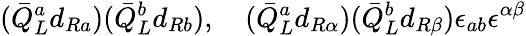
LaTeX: (\bar{Q}_{L}^{a}d_{Ra})(\bar{Q}_{L}^{b}d_{Rb}),~~~~(\bar{Q}_{L}^{a}d_{R\alpha})(\bar{Q}_{L}^{b}d_{R\beta})\epsilon_{ab}\epsilon^{\alpha\beta}